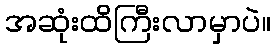
အဆုံးထိကြီးလာမှာပဲ။